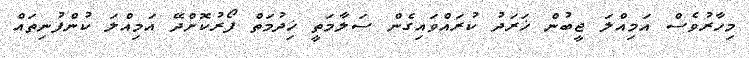
މިހާރުވެސް އަމިއްލަ ޖީބުން ޚަރަދު ކުރައްވައިގެން ސަލާމަތީ ޚިދުމަތް ފޯރުކޮށްދޭ އަމިއްލަ ކުންފުނިތައް